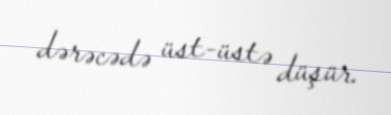
dərəcədə üst-üstə düşür.